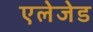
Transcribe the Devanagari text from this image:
एलेजेड